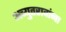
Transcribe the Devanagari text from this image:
अच्युतरावांना